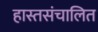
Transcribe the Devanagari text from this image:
हास्तसंचालित